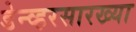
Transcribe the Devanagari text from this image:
डेन्व्हरसारख्या